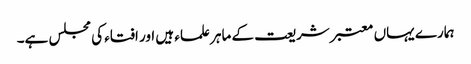
ہمارے یہاں معتبر شریعت کے ماہر علماء ہیں اور افتاء کی مجلس ہے۔